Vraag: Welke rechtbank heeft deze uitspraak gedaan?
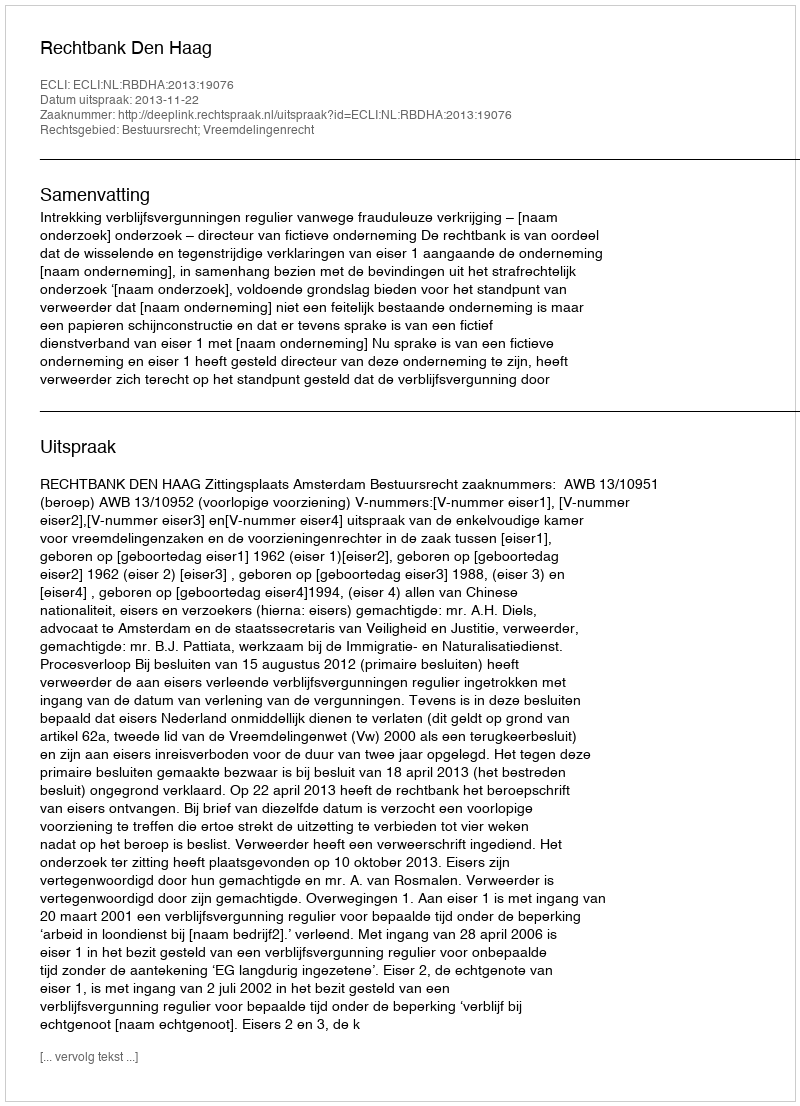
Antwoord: Rechtbank Den Haag